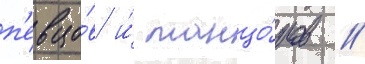
п'евцо́в и́ танцо́ров //